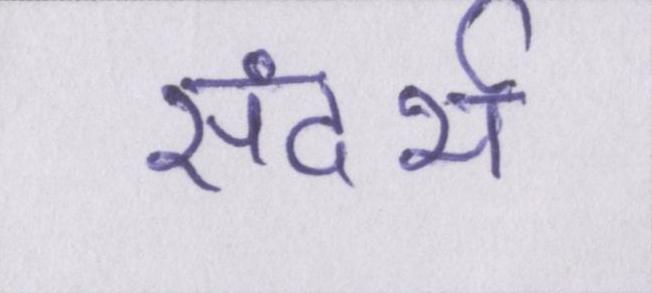
संदर्भ